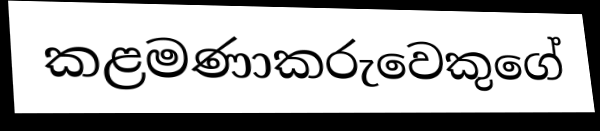
කළමණාකරුවෙකුගේ